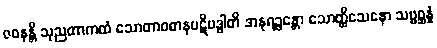
ဇဝနန္တိ သုညတာကထံ သောတာဝဓာနပဋိဗဒ္ဓါတိ အနုရဉ္ဇန္တော သောတ္ထိသေနော သဗ္ဗစ္ဆန္နံ